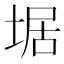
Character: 𡍄